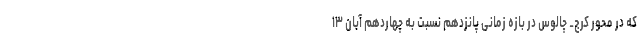
که در محور کرج_ چالوس در بازه زمانی پانزدهم نسبت به چهاردهم آبان ۱۳